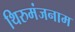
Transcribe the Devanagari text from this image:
थिरुमंजनाम